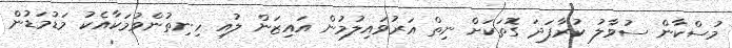
މުސްކާން ސުވާލު ކުރާފަދަ ގޮތަކަށް ނިތް އަރުވައިލުމުން އައިޒަން ލުއި ހިނިތުންވުމަކާއެކު މަޑުމަޑުން